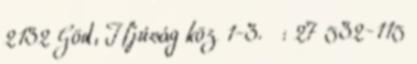
2132 Göd, Ifjúság köz 1-3. : 27 532-115